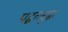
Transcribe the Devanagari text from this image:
पद्घतसुद्घा